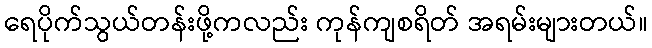
ရေပိုက်သွယ်တန်းဖို့ကလည်း ကုန်ကျစရိတ် အရမ်းများတယ်။